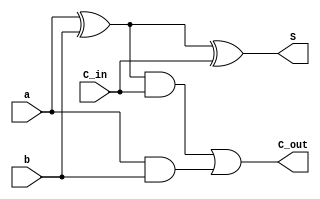
`timescale 1ns/100ps
module fulladder_ckt(S,C_out,C_in,a,b);
    input  C_in,a,b;
    output C_out,S;
    wire t1,t2,t3;
    xor #4 c1(t1,a,b);
    xor #4 c2(S,t1,C_in);
    and #5 c3(t2,a,b);
    and #5 c4(t3,t1,C_in);
    or  #3 c5(C_out,t3,t2);
endmodule

module ripplecarry_ckt(S,C_out,C_in,A,B);
     input  [3:0]A,B;
     input  C_in;
     output [3:0]S;
     output C_out;
     wire   [2:0]t;     
    fulladder_ckt ckt1(S[0],t[0],C_in,A[0],B[0]);
    fulladder_ckt ckt2(S[1],t[1],t[0],A[1],B[1]);
    fulladder_ckt ckt3(S[2],t[2],t[1],A[2],B[2]);
    fulladder_ckt ckt4(S[3],C_out,t[2],A[3],B[3]);
   // fulladder_ckt ckt5(S[3],S[4],t[2],A[3],B[3]);  
endmodule     

module rippletb;
  reg  [3:0]a,b;
  reg  C_in;
  wire [3:0]S;
  wire  C_Out;     
  ripplecarry_ckt  ckt(S,C_out,C_in,a,b);
      initial begin
       
           $dumpfile("ripplecarry_ckt.vcd");
           $dumpvars(0,rippletb);
           $monitor(S,C_out,C_in,a,b);
         //#5 C_in=1;a=4'b0000;b=4'b0000;
          C_in=1;a=4'b1010;b=4'b0101;
         #65 C_in=0;a=4'b0000;b=4'b0000;
         #5  C_in=0;
      end
   endmodule